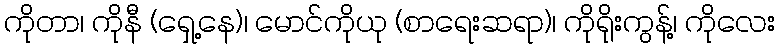
ကိုတာ၊ ကိုနီ (ရှေ့နေ)၊ မောင်ကိုယု (စာရေးဆရာ)၊ ကိုရိုးကွန့်၊ ကိုလေး